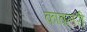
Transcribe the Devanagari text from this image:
कावलरी